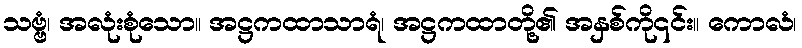
သဗ္ဗံ၊ အလုံးစုံသော။ အဋ္ဌကထာသာရံ၊ အဋ္ဌကထာတို့၏ အနှစ်ကို၎င်း။ ကောလံ၊